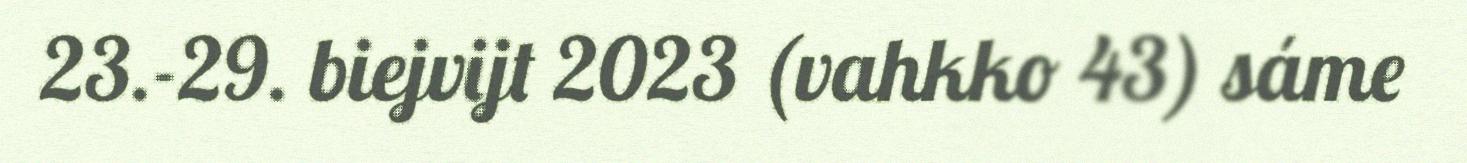
23.-29. biejvijt 2023 (vahkko 43) sáme